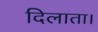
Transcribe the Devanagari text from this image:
दिलाता।